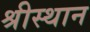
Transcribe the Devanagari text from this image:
श्रीस्थान